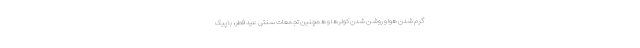
گرم شدن هوا و روشن شدن کولرها و همچنین تجمعات سنتی عید فطر، با پیک